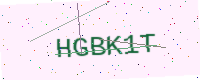
Text: HGBK1T